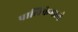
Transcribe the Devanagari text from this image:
पालिकेमध्ये